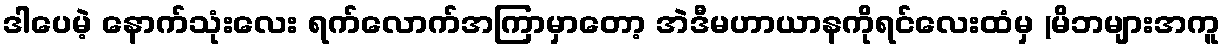
ဒါပေမဲ့ နောက်သုံးလေး ရက်လောက်အကြာမှာတော့ အဲဒီမဟာယာနကိုရင်လေးထံမှ (မိဘများအကူ